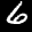
Label: 6